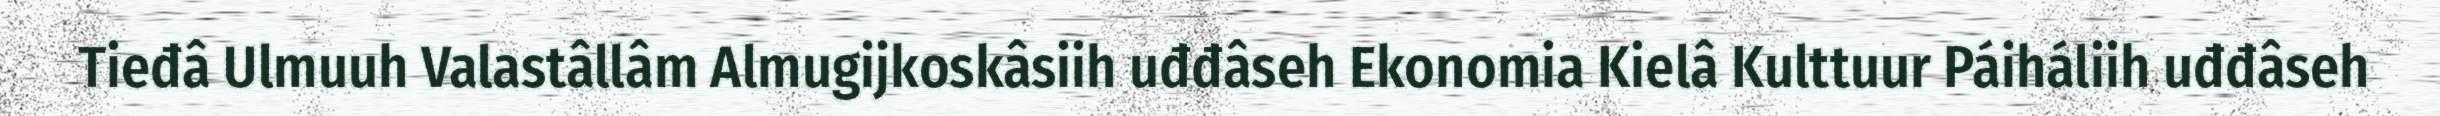
Tieđâ Ulmuuh Valastâllâm Almugijkoskâsiih uđđâseh Ekonomia Kielâ Kulttuur Páiháliih uđđâseh